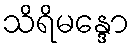
သိရိမန္ဒော